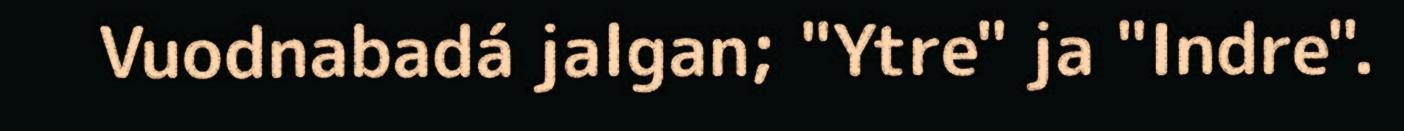
Vuodnabadá jalgan; "Ytre" ja "Indre".